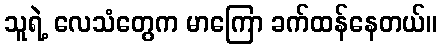
သူရဲ့ လေသံတွေက မာကြော ခက်ထန်နေတယ်။